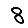
Digit: 8